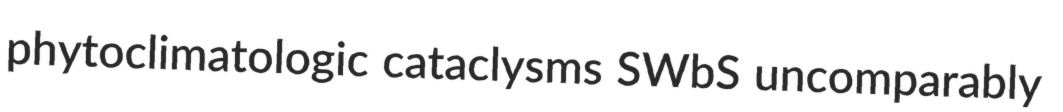
phytoclimatologic cataclysms SWbS uncomparably